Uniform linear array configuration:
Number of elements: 64
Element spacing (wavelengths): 0.25
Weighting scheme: cosine
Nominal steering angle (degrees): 60
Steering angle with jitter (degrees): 59.99
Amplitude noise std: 0.05
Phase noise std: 0.05

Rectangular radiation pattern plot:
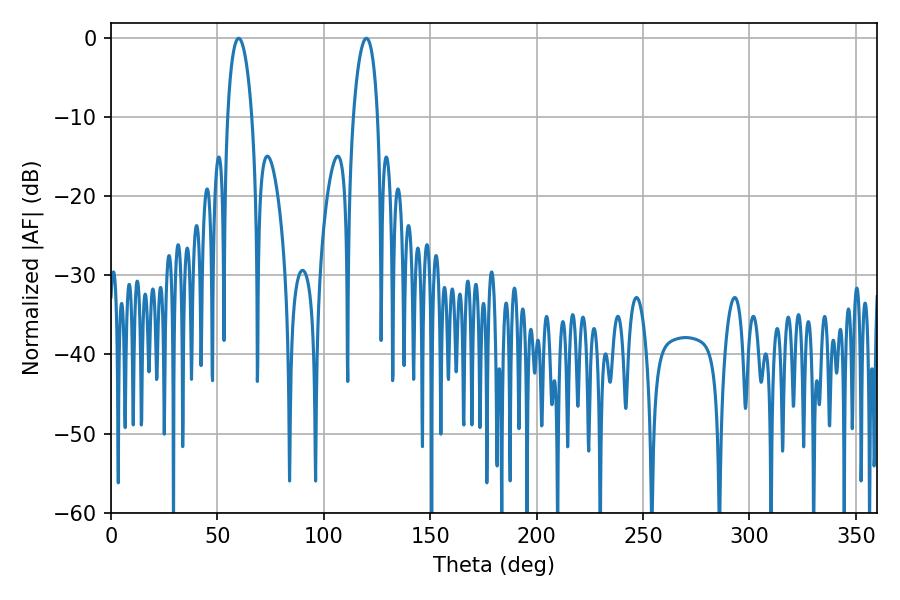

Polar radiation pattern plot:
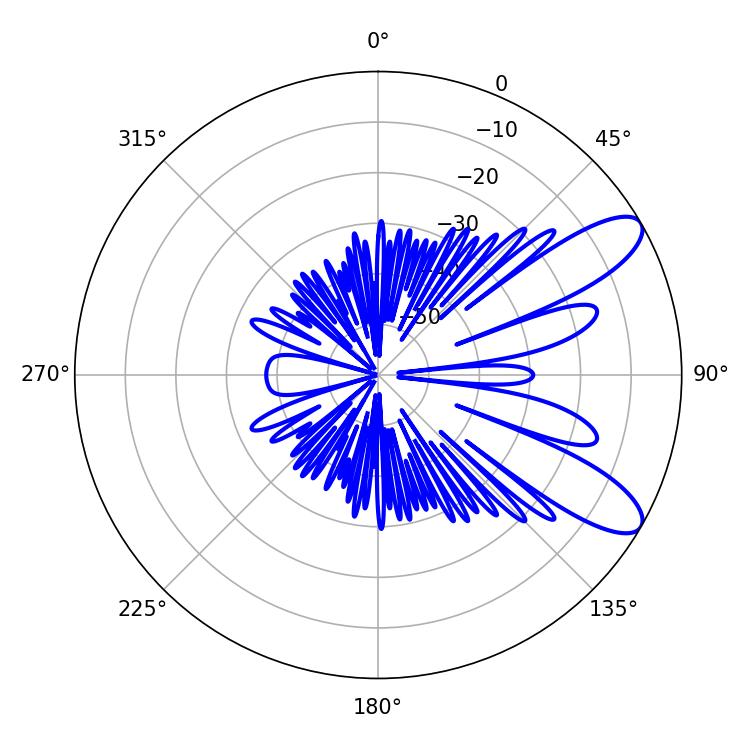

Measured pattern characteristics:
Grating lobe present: FALSE
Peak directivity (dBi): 9.621
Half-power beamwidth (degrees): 6.48
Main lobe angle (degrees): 59.94